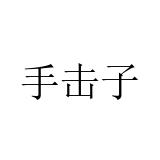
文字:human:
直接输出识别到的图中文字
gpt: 手击子